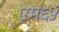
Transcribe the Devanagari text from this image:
एम६५